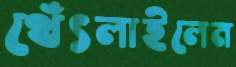
থেঁৎলাইলেন